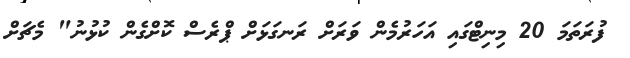
ފުރަތަމަ 20 މިނިޓްގައި އަހަރުމެން ވަރަށް ރަނގަޅަށް ޕްރެސް ކޮށްގެން ކުޅުނު" މެޗަށް